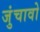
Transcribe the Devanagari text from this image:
जुंचावो